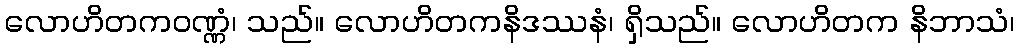
လောဟိတကဝဏ္ဏံ၊ သည်။ လောဟိတကနိဒဿနံ၊ ရှိသည်။ လောဟိတက နိဘာသံ၊